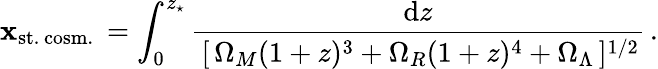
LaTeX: \mathbf{x}_{\mathrm{{st.\, cosm.}}}\, =\int_{0}^{z_{\star}}\frac{{\mathrm{{d}}z}}{{\, [\, \Omega_{M}(1+z)^{3}+\Omega_{R}(1+z)^{4}+\Omega_{\Lambda}\, ]^{1/2}}}\, .